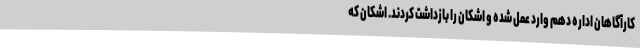
کارآگاهان اداره دهم وارد عمل شده و اشکان را بازداشت کردند. اشکان که